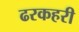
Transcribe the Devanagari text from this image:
ढरकहरी